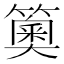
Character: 䉛